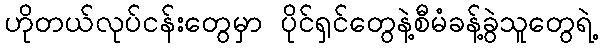
ဟိုတယ်လုပ်ငန်းတွေမှာ ပိုင်ရှင်တွေနဲ့စီမံခန့်ခွဲသူတွေရဲ့